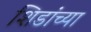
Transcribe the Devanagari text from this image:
शिडांच्या